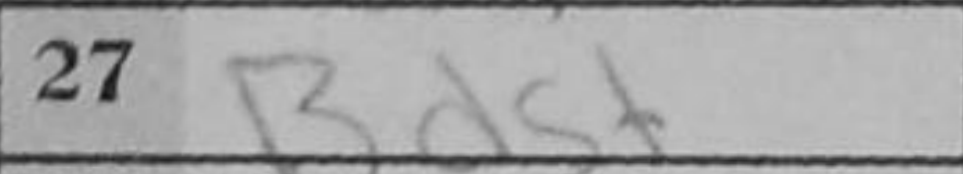
Transcription: Bd5+